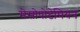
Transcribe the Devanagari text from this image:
मेसोपोटेमियन